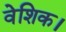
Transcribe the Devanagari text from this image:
वेशिक।